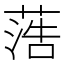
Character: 𦶡